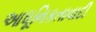
આધૂનિકતાવાદી